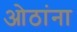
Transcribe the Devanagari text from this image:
ओठांना